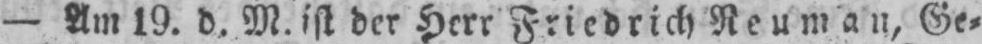
- Am 19. d. M. ist der Herr Friedrich Reuman, Ge⸗